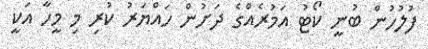
ފުލުހުން ބުނީ ކޯޓު އަމުރެއްގެ ދަށުން ހައްޔަރު ކުރި މި މީހާ އަކީ